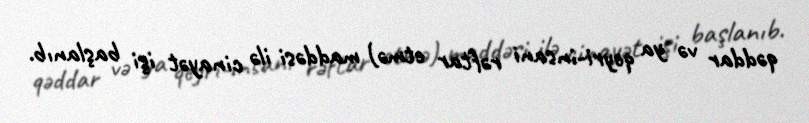
qəddar və ya qeyri-insani rəftar etmə) maddəsi ilə cinayət işi başlanıb.